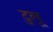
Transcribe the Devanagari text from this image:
टुलू